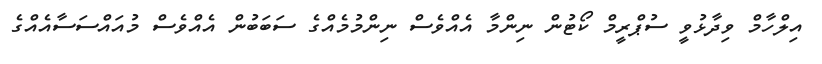
އިލްހާމް ވިދާޅުވީ ސުޕްރީމް ކޯޓުން ނިންމާ އެއްވެސް ނިންމުމެއްގެ ސަބަބުން އެއްވެސް މުއައްސަސާއެއްގެ